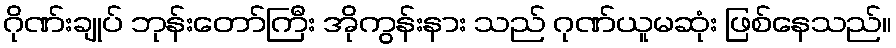
ဂိုဏ်းချုပ် ဘုန်းတော်ကြီး အိုကွန်းနား သည် ဂုဏ်ယူမဆုံး ဖြစ်နေသည်။